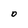
Character: o